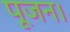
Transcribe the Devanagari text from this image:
पूजन।